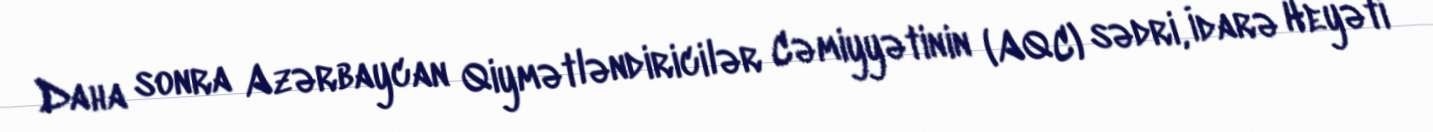
Daha sonra Azərbaycan Qiymətləndiricilər Cəmiyyətinin (AQC) sədri, İdarə Heyəti